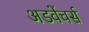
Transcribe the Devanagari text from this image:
अडवेंचर्स